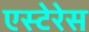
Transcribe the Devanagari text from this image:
एस्टेरेस